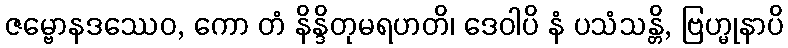
ဇမ္ဗောနဒဿေဝ, ကော တံ နိန္ဒိတုမရဟတိ၊ ဒေဝါပိ နံ ပသံသန္တိ, ဗြဟ္မုနာပိ